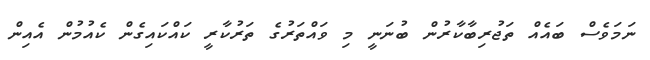
ނަމަވެސް ބައެއް ތަޖުރިބާކާރުން ބުނަނީ މި ވައްތަރުގެ ތަރުކާރީ ކައްކައިގެން ކެއުމުން އެއިން